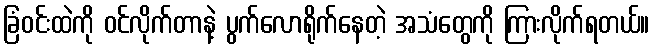
ခြံဝင်းထဲကို ဝင်လိုက်တာနဲ့ ပွက်လောရိုက်နေတဲ့ အသံတွေကို ကြားလိုက်ရတယ်။